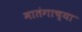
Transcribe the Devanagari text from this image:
मातंगाच्या